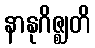
နာနုဂိဇ္ဈတိ